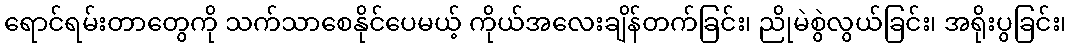
ရောင်ရမ်းတာတွေကို သက်သာစေနိုင်ပေမယ့် ကိုယ်အလေးချိန်တက်ခြင်း၊ ညိုမဲစွဲလွယ်ခြင်း၊ အရိုးပွခြင်း၊